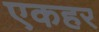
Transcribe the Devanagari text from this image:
एकहर